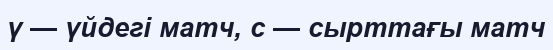
ү — үйдегі матч, с — сырттағы матч